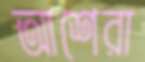
আশেরা